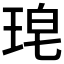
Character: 𮴜